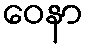
ဝေနာ